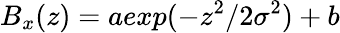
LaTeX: B_{x}(z)=aexp(-z^{2}/2\sigma^{2})+b